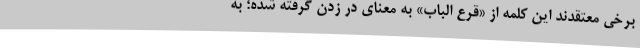
برخی معتقدند این کلمه از «قرع الباب» به معنای در زدن گرفته شده؛ به